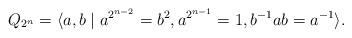
LaTeX: \begin{align*}Q_{2^n}=\langle a,b \mid a^{2^{n-2}}= b^2, a^{2^{n-1}}=1, b^{-1}ab=a^{-1}\rangle.\end{align*}